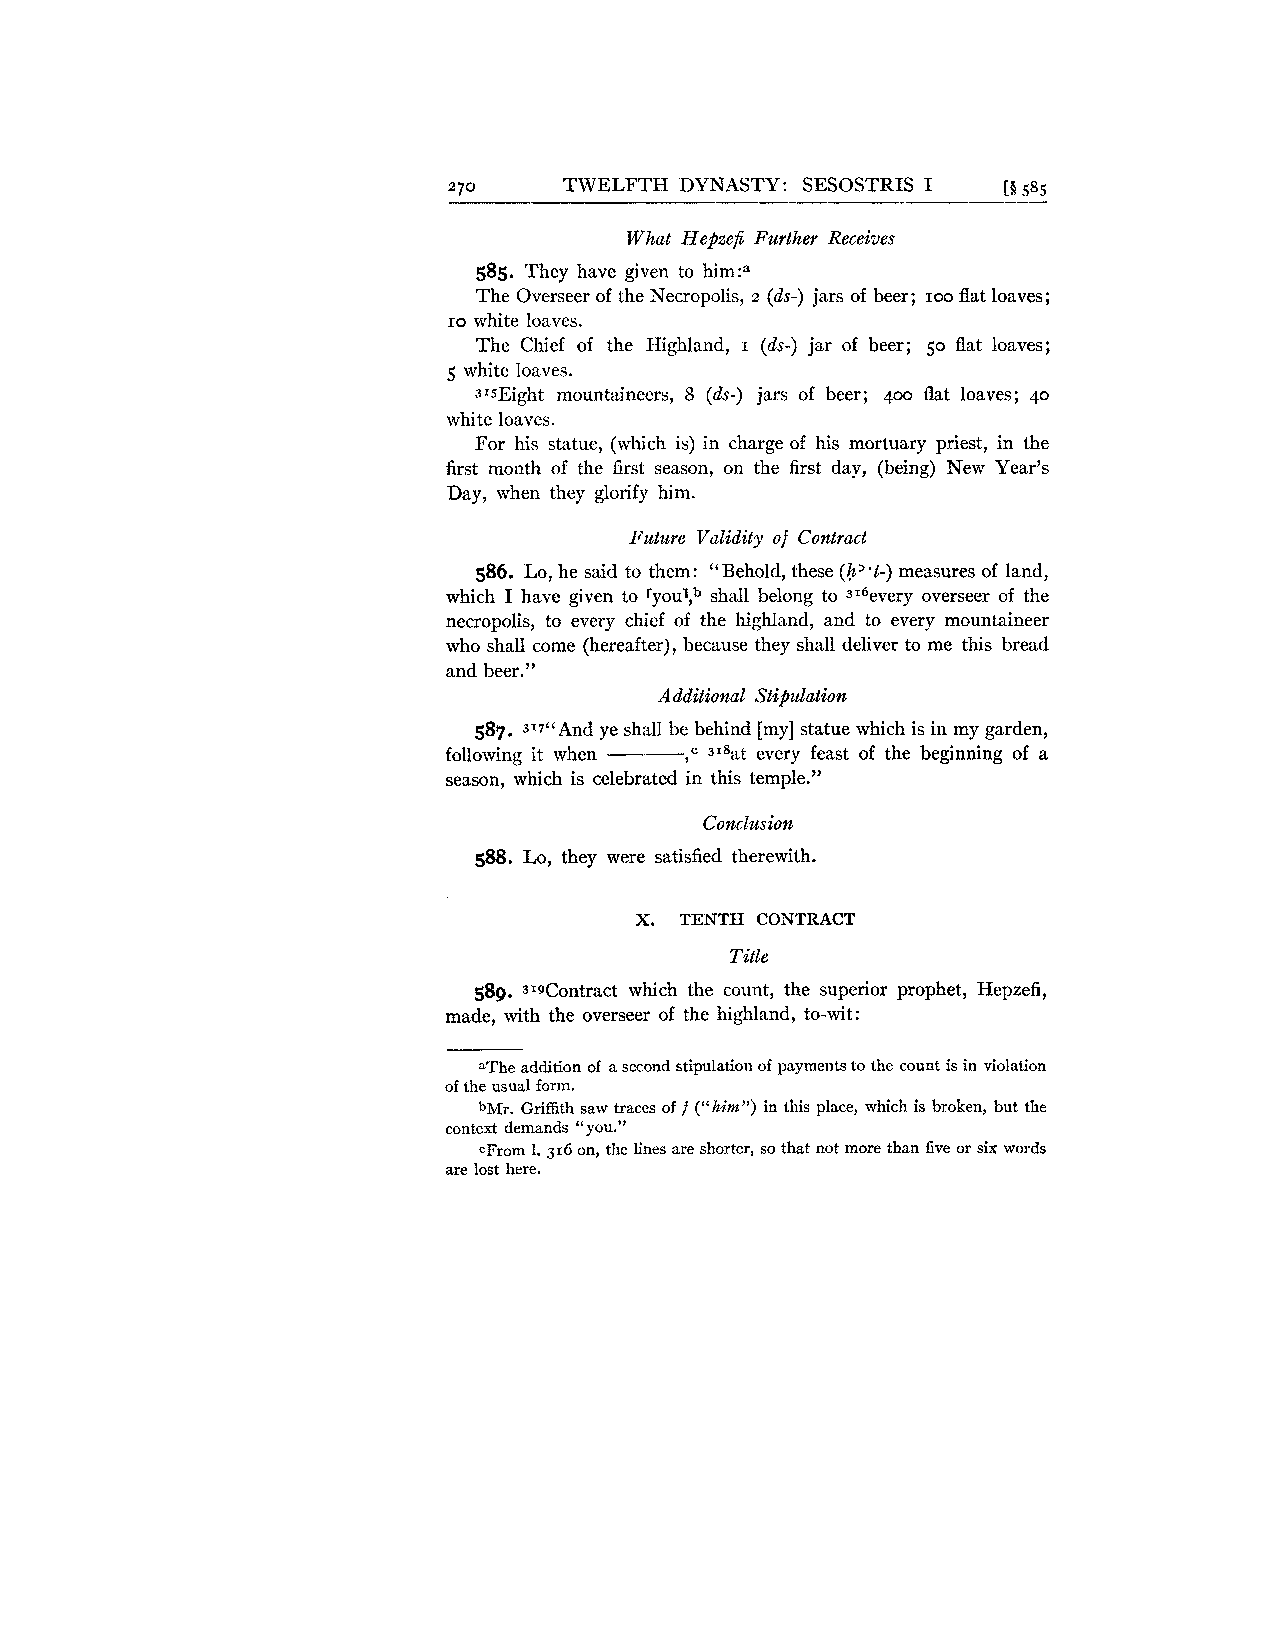
270    TWELFTH DYNASTY: SESOSTRIS I  [i5 85
 What Hepzefi Further Receives
 585. They have given to him:a
 The Overseer of the Necropolis, 2 (ds-) jars of beer; loo flat loaves;
 ro white loaves.
 The Chief of the Highland, I (ds-) jar of beer; 50 flat loaves;
 5 white loaves.
 3IsEight mountaineers, 8 (ds-) jars of beer; 400 flat loaves; 40
 white loaves.
 For his statue, (which is) in charge of his mortuary priest, in the
 first month of the first season, on the first day, (being) New Year's
 Day, when they glorify him.
 Future Validity of Contract
 586. Lo, he said to them: "Behold, these (h"t-) measures of land,
 which I have given to ry0u1,~s hall belong to 31~everyo verseer of the
 necropolis, to every chief of the highland, and to every mountaineer
 who shall come (hereafter), because they shall deliver to me this bread
 and beer."
 Additional Stipulatiolz
 587. 3'7" And ye shall be behind [my] statue which is in my garden,
 following it when -- , c 3% every feast of the beginning of a
 season, which is celebrated in this temple."
 Conclusiolz
 588. Lo, they were satisfied therewith.
 X. TENTH CONTRACT
 Title
 589. 3'9Contract which the count, the superior prophet, Hepzefi,
 made, with the overseer of the highland, to-wit:
 aThe addition of a second stipulation of payments to the count is in violation
 of the usual form.
 bMr. Griffith saw traces of f ("him")i n this place, which is broken, but the
 context demands "you."
 cFrom 1. 316 on, the lines are shorter, so that not more than five or six words
 are lost here.